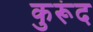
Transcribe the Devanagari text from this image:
कुरूंद